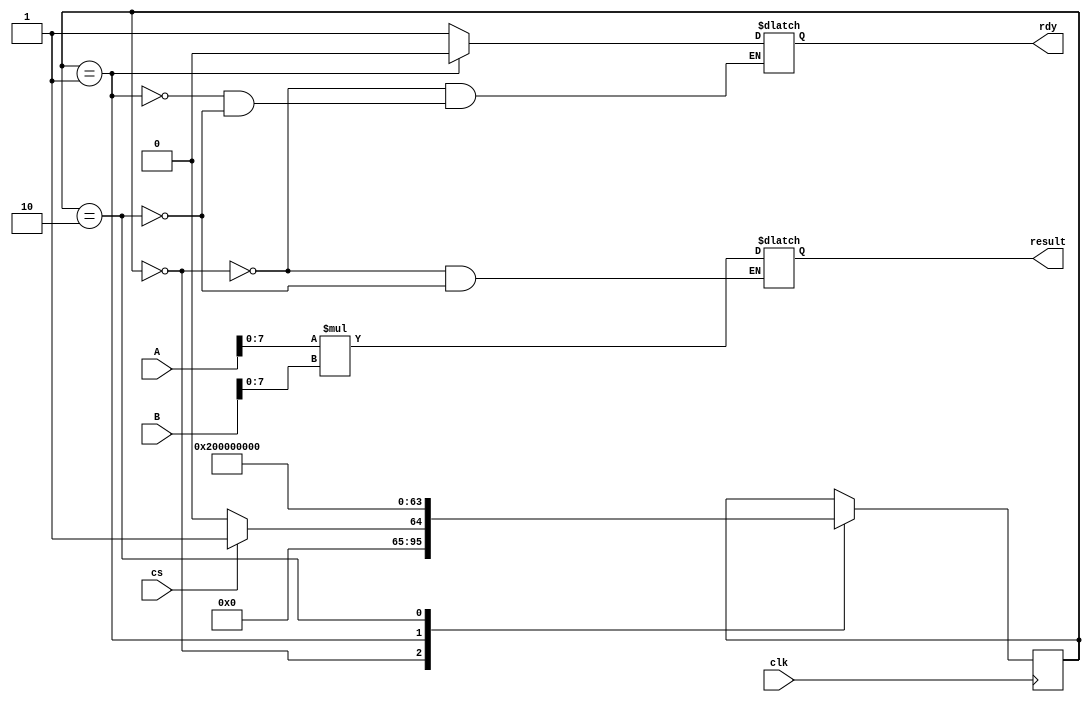
`timescale 1ns / 1ps
//////////////////////////////////////////////////////////////////////////////////
// Company: 
// Engineer: 
// 
// Design Name: 
// Module Name: mul
// Project Name: 
// Target Devices: 
// Tool Versions: 
// Description: 
// 
// Dependencies: 
// 
// Revision:
// Revision 0.01 - File Created
// Additional Comments:
// 
//////////////////////////////////////////////////////////////////////////////////
//mul
module mul(clk,result,A,B,cs,rdy);
output reg [15:0]  result;
output reg rdy;
input [15:0] A,B;
input cs,clk;
integer state=0;
initial state=0;

always@(posedge(clk))
begin
case(state)
0:begin
if(cs)
state=1;
else
state=0;
end
1:state=2;          
2:state=0;
endcase
end

always@(state)
begin
case(state)
0:begin
rdy=1;
result=16'bZ;
end
1:rdy=0;
2:begin
result=A[7:0]*B[7:0];
rdy=1;
end
endcase
end
endmodule